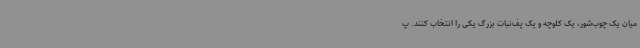
میان یک چوب‌شور، یک کلوچه و یک پف‌نبات بزرگ یکی را انتخاب کنند. پ